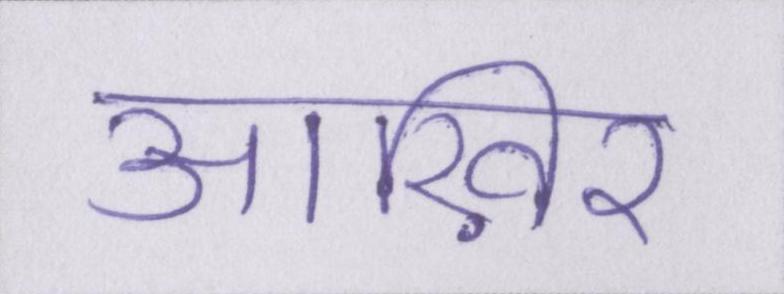
आख़िर